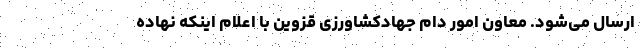
ارسال می‌شود. معاون امور دام جهادکشاورزی قزوین با اعلام اینکه نهاده